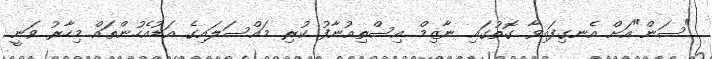
"ސަން"އަށް އެނގިފައިވާ ގޮތުގައި ނާޒިމް އިސްތިއުނާފު ކުރި މައްސަލައިގެ އަޑުއެހުންތައް މިހާރު ވަނީ